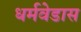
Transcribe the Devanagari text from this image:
धर्मवेडास